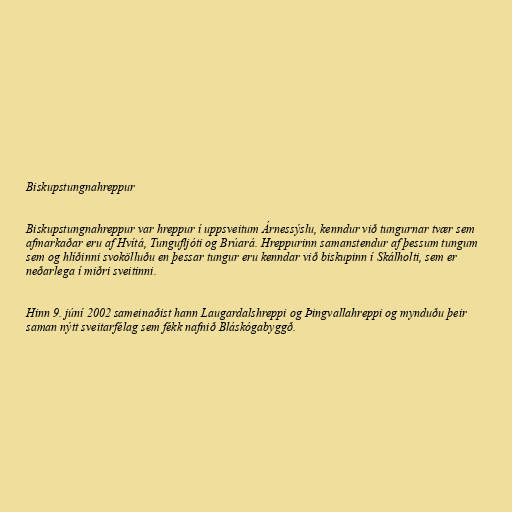
Biskupstungnahreppur

Biskupstungnahreppur var hreppur í uppsveitum Árnessýslu, kenndur við tungurnar tvær sem
afmarkaðar eru af Hvítá, Tungufljóti og Brúará. Hreppurinn samanstendur af þessum tungum
sem og hlíðinni svokölluðu en þessar tungur eru kenndar við biskupinn í Skálholti, sem er
neðarlega í miðri sveitinni.

Hinn 9. júní 2002 sameinaðist hann Laugardalshreppi og Þingvallahreppi og mynduðu þeir
saman nýtt sveitarfélag sem fékk nafnið Bláskógabyggð.